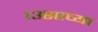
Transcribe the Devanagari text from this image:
१३८०च्या